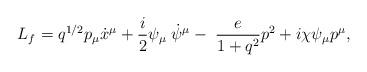
LaTeX: \begin{align*}L_{f} = q^{1/2} p_{\mu} \dot x^{\mu} + \frac{i}{2}\psi_{\mu}\;\dot \psi^{\mu}- \; \frac{e}{1+ q^2} p^2 + i \chi \psi_{\mu} p^\mu, \end{align*}